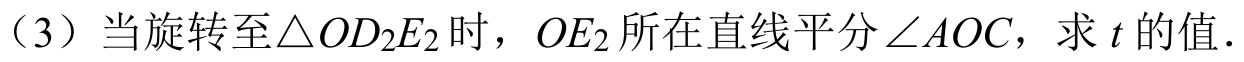
（3）当旋转至\(\triangle OD_{2}E_{2}\)时，\(OE_{2}\)所在直线平分\(\angle AOC\)，求\(t\)的值．